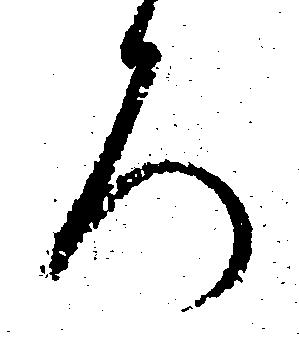
ろ